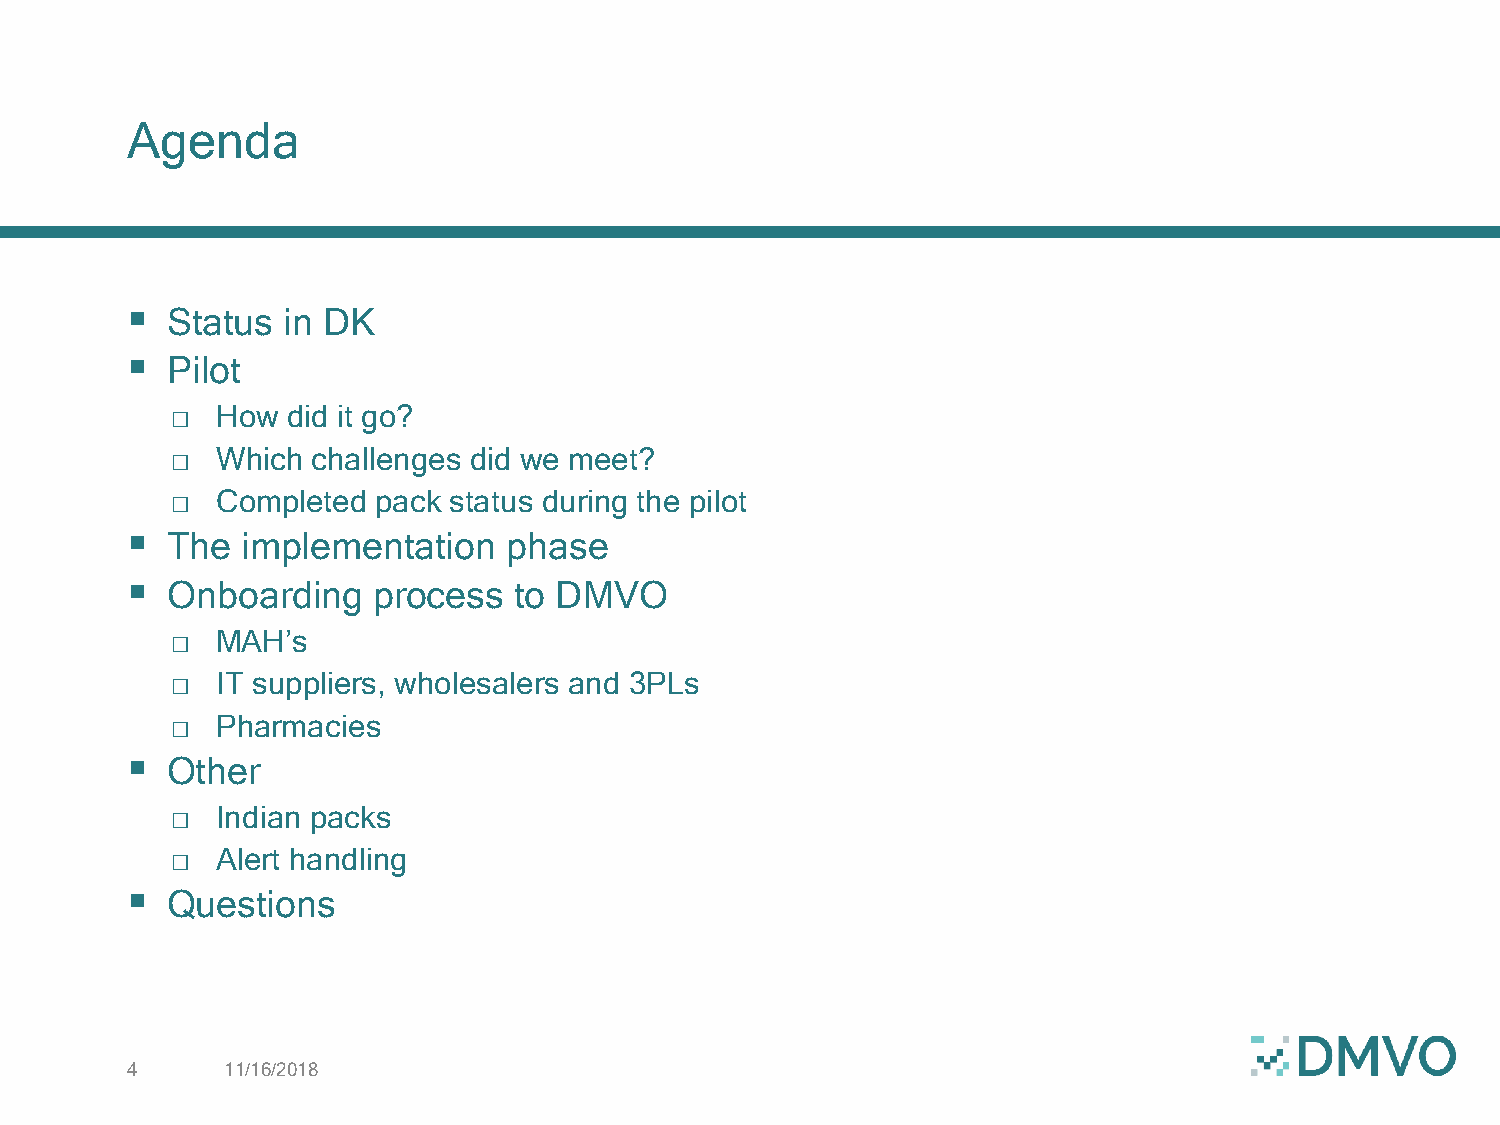
Agenda
   Status  in DK
   Pilot
 □  How  did it go?
 □  Which  challenges did we meet?
 □  Completed  pack status during the pilot
   The  implementation    phase
   Onboarding    process  to DMVO
 □  MAH’s
 □  IT suppliers, wholesalers and 3PLs
 □  Pharmacies
   Other
 □  Indian packs
 □  Alert handling
   Questions
 4      11/16/2018